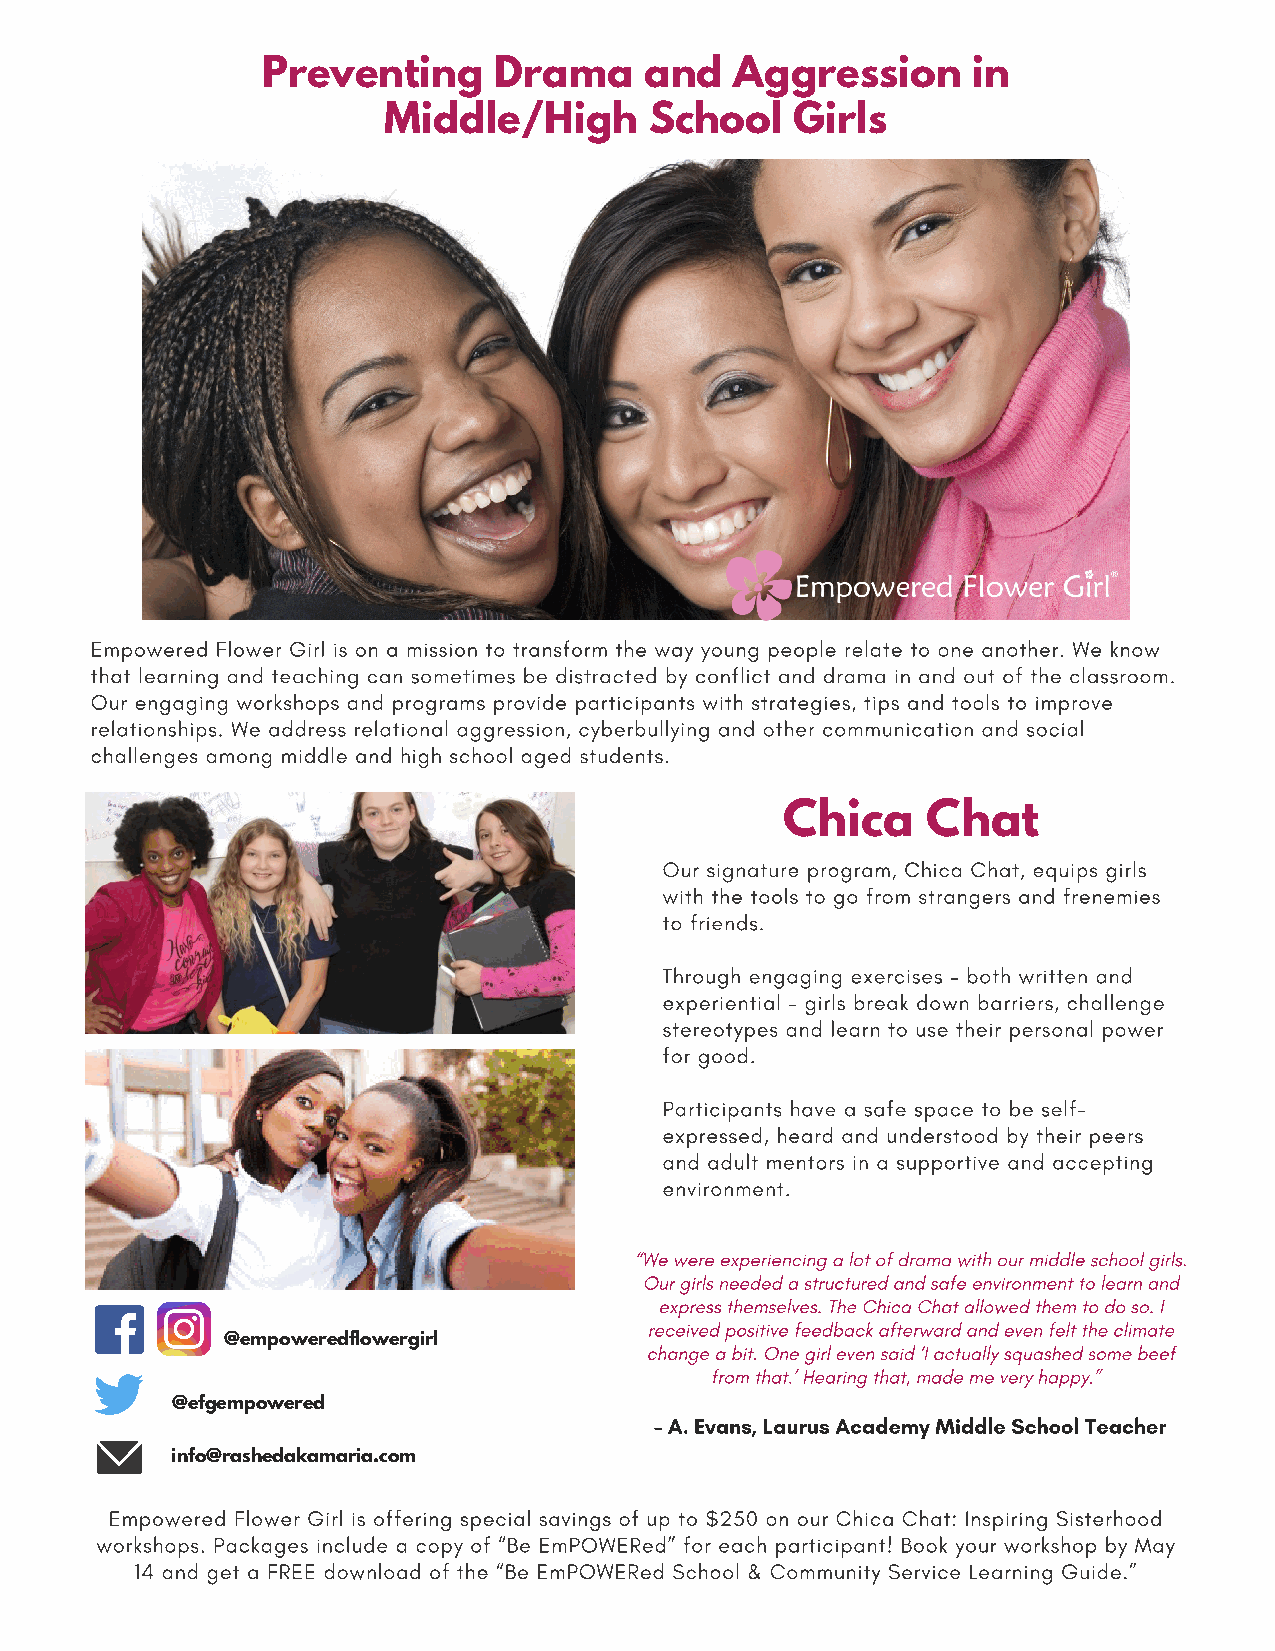
Preventing      Drama     and   Aggression     in
 Middle/High       School    Girls
 Empowered Flower Girl is on a mission to transform the way young people relate to one another. We know
 that learning and teaching can sometimes be distracted by conflict and drama in and out of the classroom.
 Our engaging workshops and programs provide participants with strategies, tips and tools to improve
 relationships. We address relational aggression, cyberbullying and other communication and social
 challenges among middle and high school aged students.
 Chica    Chat
 Our signature program, Chica Chat, equips girls
 with the tools to go from strangers and frenemies
 to friends.
 Through engaging exercises – both written and
 experiential – girls break down barriers, challenge
 stereotypes and learn to use their personal power
 for good.
 Participants have a safe space to be self-
 expressed, heard and understood by their peers
 and adult mentors in a supportive and accepting
 environment.
 “We were experiencing a lot of drama with our middle school girls.
 Our girls needed a structured and safe environment to learn and
 express themselves. The Chica Chat allowed them to do so. I
 received positive feedback afterward and even felt the climate
 @empoweredflowergirl
 change a bit. One girl even said ‘I actually squashed some beef
 from that.’ Hearing that, made me very happy.”
 @efgempowered
 – A. Evans, Laurus Academy Middle School Teacher
 info@rashedakamaria.com
 Empowered Flower Girl is offering special savings of up to $250 on our Chica Chat: Inspiring Sisterhood
 workshops. Packages include a copy of “Be EmPOWERed” for each participant! Book your workshop by May
 14 and get a FREE download of the “Be EmPOWERed School & Community Service Learning Guide.”